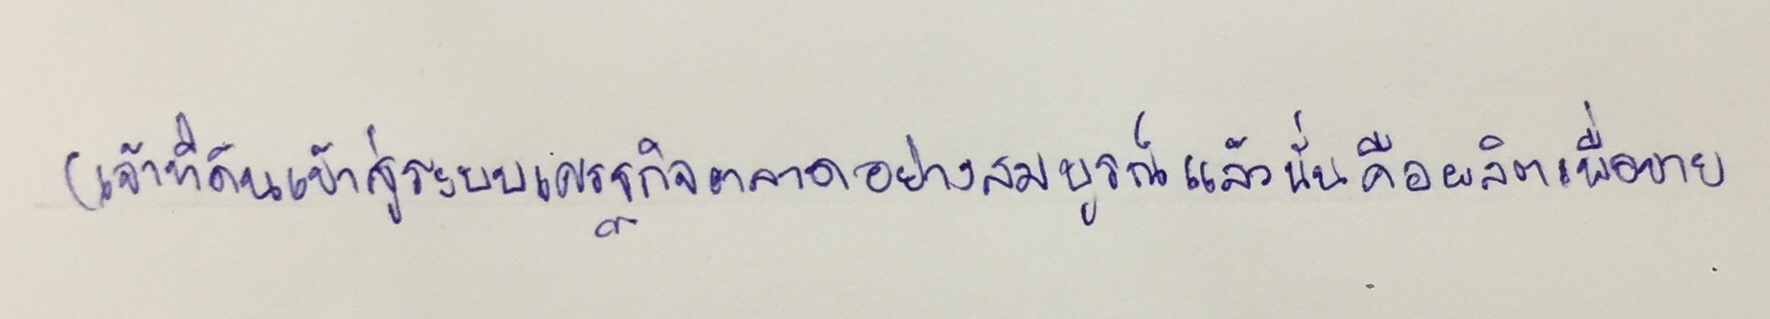
(เจ้าที่ดินเข้าสู่ระบบเศรษฐกิจตลาดอย่างสมบูรณ์แล้วนั่นคือผลิตเพื่อขาย